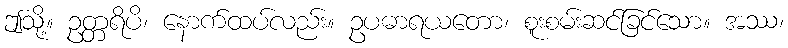
ဤသို့။ ဥတ္တရိပိ၊ နောက်ထပ်လည်း။ ဥပဓာရယတော၊ စူးစမ်းဆင်ခြင်သော။ အဿ၊